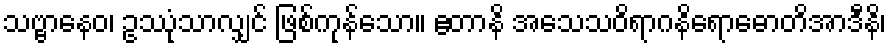
သဗ္ဗာနေဝ၊ ဥဿုံသာလျှင် ဖြစ်ကုန်သော။ ဧတာနိ အသေသဝိရာဂနိရောဓောတိအာဒီနိ၊